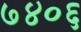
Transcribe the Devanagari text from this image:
७४०६